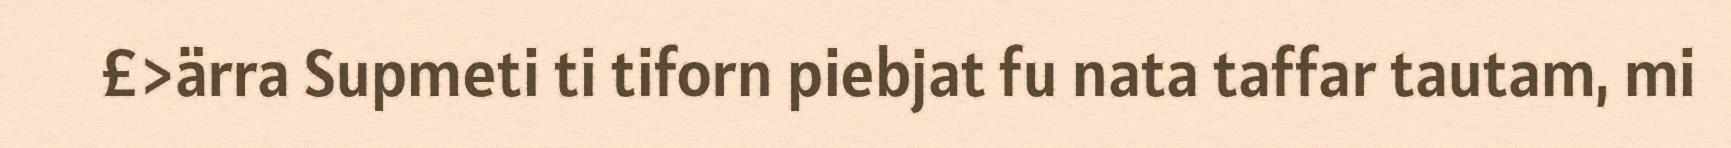
£>ärra Supmeti ti tiforn piebjat fu nata taffar tautam, mi